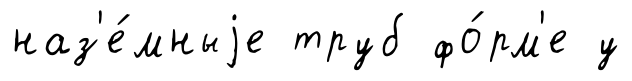
наз'е́мныjе труб фо́рм'е у